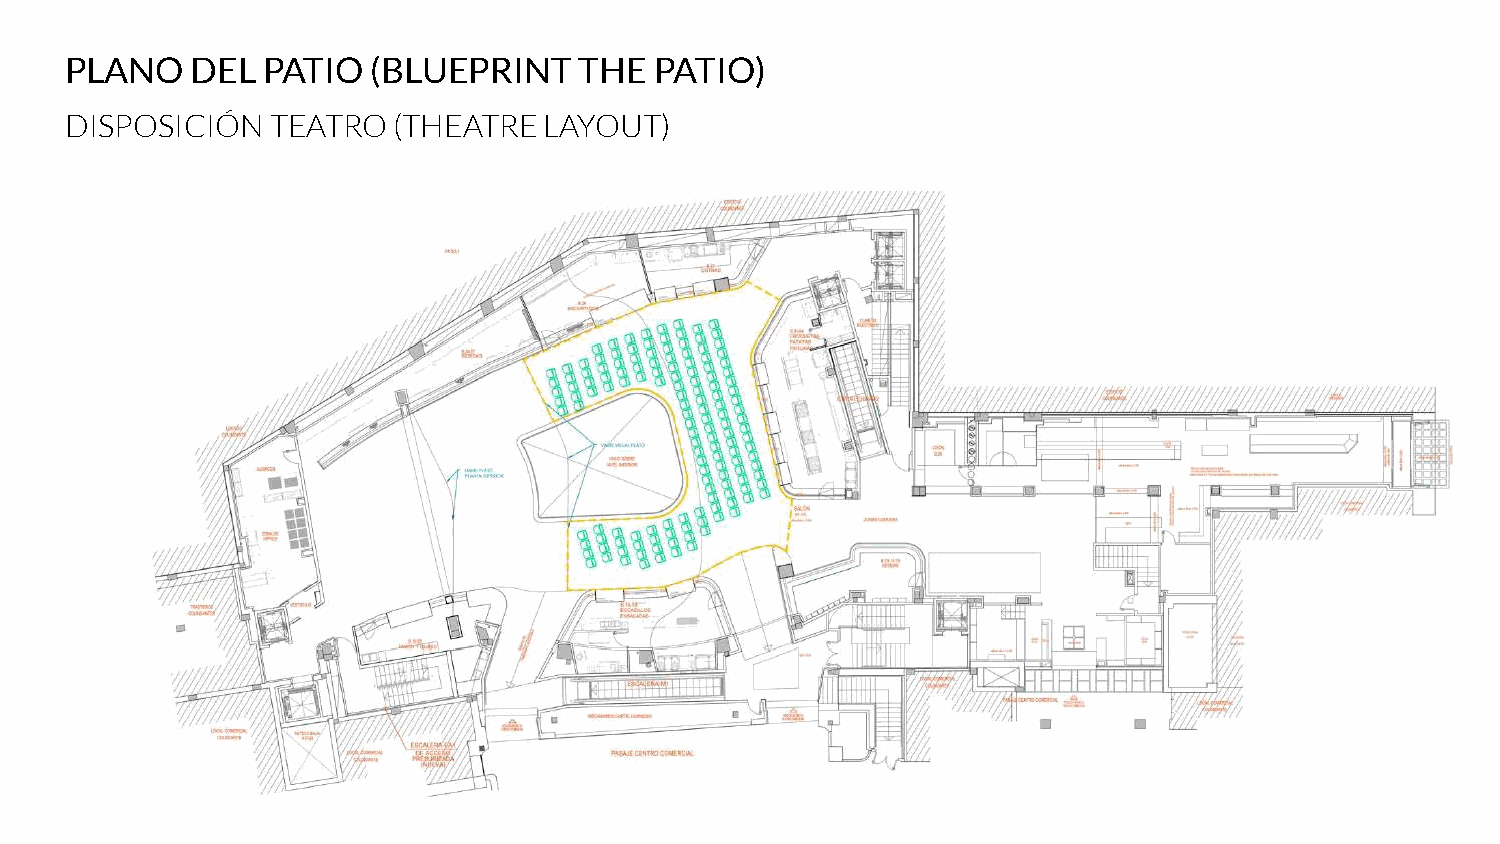
PLANO    DEL PATIO   (BLUEPRINT   THE  PATIO)
 DISPOSICIÓN   TEATRO  (THEATRE  LAYOUT)